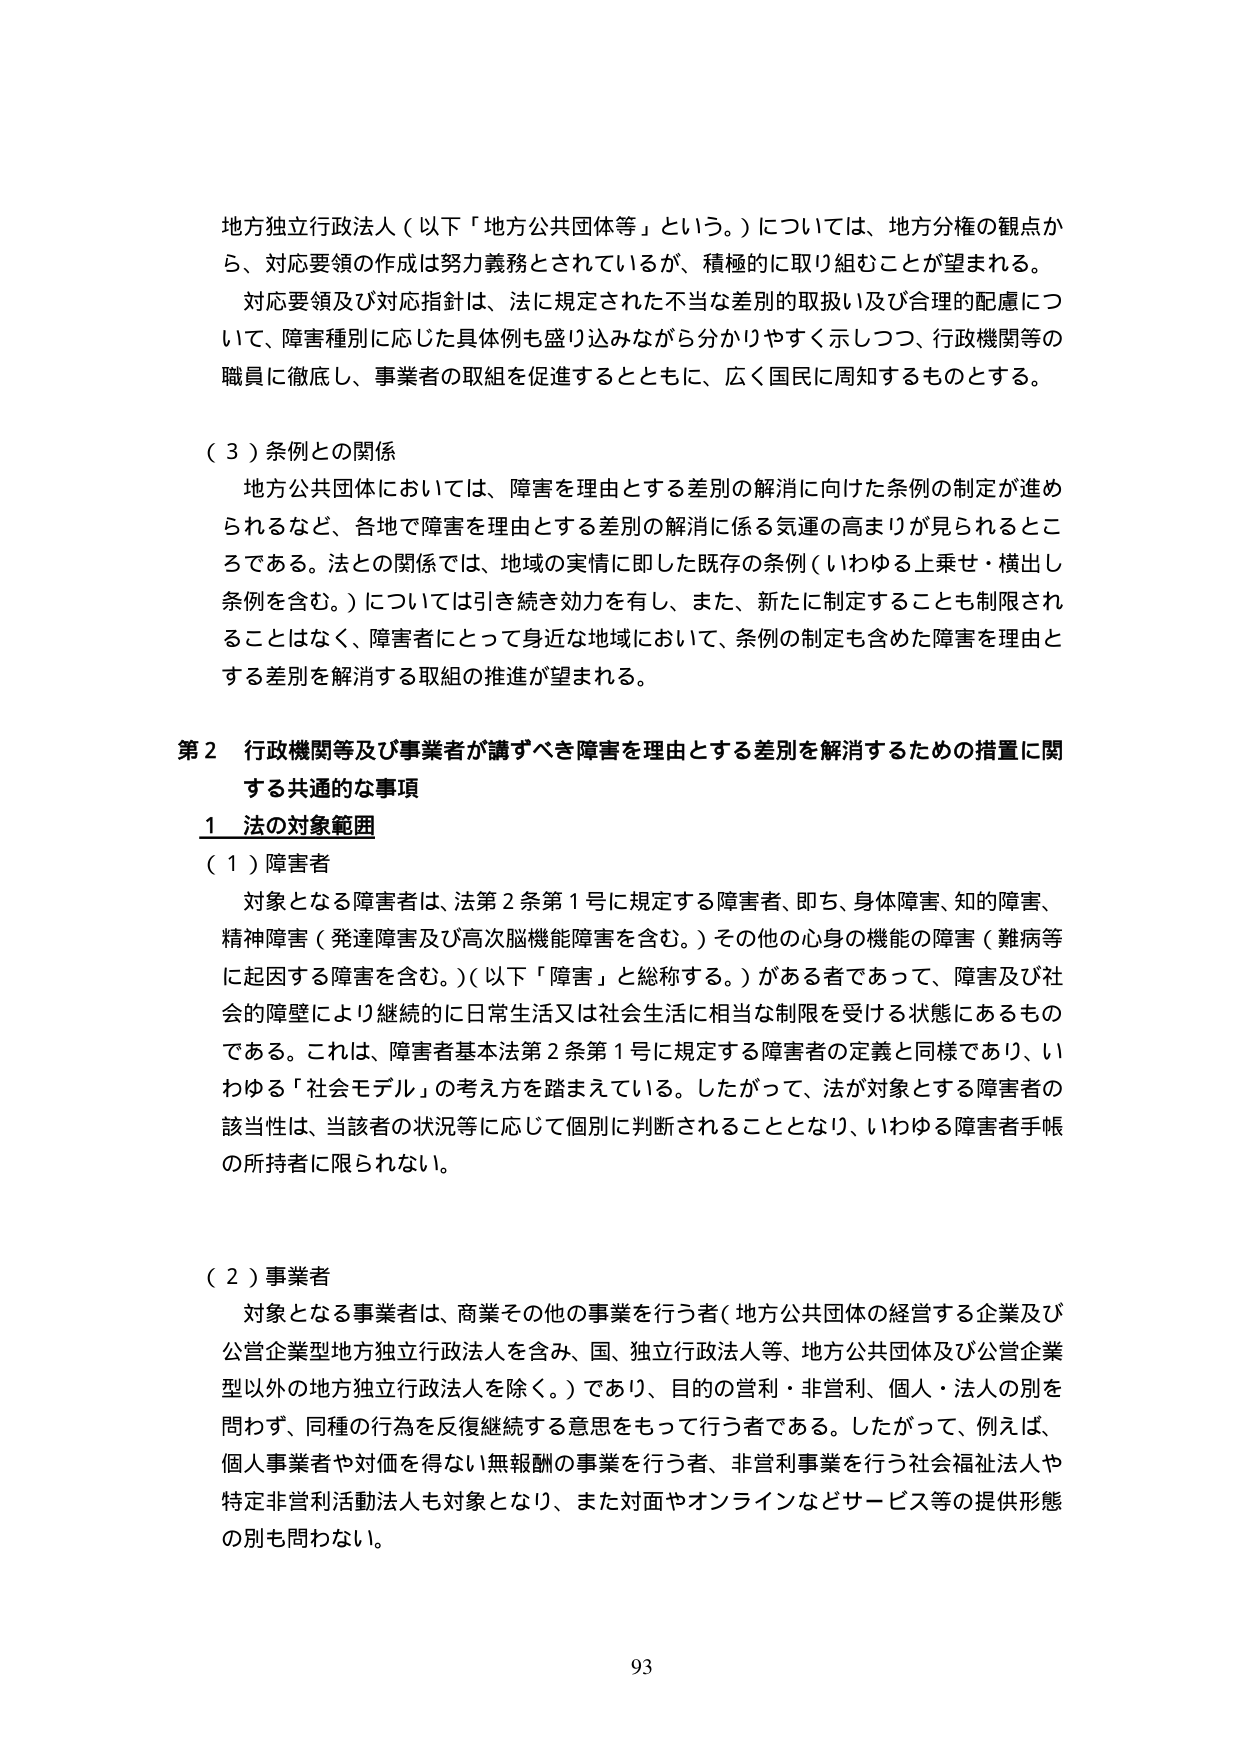
地方独立行政法人（以下「地方公共団体等」という。）については、地方分権の観点から、対応要領の作成は努力義務とされているが、積極的に取り組むことが望まれる。

対応要領及び対応指針は、法に規定された不当な差別的取扱い及び合理的配慮について、障害種別に応じた具体例も盛り込みながら分かりやすく示しつつ、行政機関等の職員に徹底し、事業者の取組を促進するとともに、広く国民に周知するものとする。

（３）条例との関係

地方公共団体においては、障害を理由とする差別の解消に向けた条例の制定が進められるなど、各地で障害を理由とする差別の解消に係る気運の高まりが見られるところである。法との関係では、地域の実情に即した既存の条例（いわゆる上乗せ・横出し条例を含む。）については引き続き効力を有し、また、新たに制定することも制限されることはない。障害者にとって身近な地域において、条例の制定も含めた障害を理由とする差別を解消する取組の推進が望まれる。

第２ 行政機関等及び事業者が講ずべき障害を理由とする差別を解消するための措置に関する共通的な事項

１ 法の対象範囲

（１）障害者

対象となる障害者は、法第２条第１号に規定する障害者、即ち、身体障害、知的障害、精神障害（発達障害及び高次脳機能障害を含む。）その他の心身の機能の障害（難病等に起因する障害を含む。）（以下「障害」と総称する。）がある者であって、障害及び社会的障壁により継続的に日常生活又は社会生活に相当な制限を受ける状態にあるものである。これは、障害者基本法第２条第１号に規定する障害者の定義と同様であり、いわゆる「社会モデル」の考え方を踏まえている。したがって、法が対象とする障害者の該当性は、当該者の状況等に応じて個別に判断されることとなり、いわゆる障害者手帳の所持者に限られない。

（２）事業者

対象となる事業者は、商業その他の事業を行う者（地方公共団体の経営する企業及び公営企業型地方独立行政法人を含み、国、独立行政法人等、地方公共団体及び公営企業型以外の地方独立行政法人を除く。）であり、目的の営利・非営利、個人・法人の別を問わず、同種の行為を反復継続する意思をもって行う者である。したがって、例えば、個人事業者や対価を得ない無報酬の事業を行う者、非営利事業を行う社会福祉法人や特定非営利活動法人も対象となり、また対面やオンラインなどサービス等の提供形態の別も問わない。

93